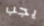
يجب